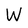
Character: W